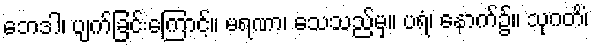
ဘေဒါ၊ ပျက်ခြင်းကြောင့်။ မရဏာ၊ သေသည်မှ။ ပရံ၊ နောက်၌။ သုဂတိံ၊